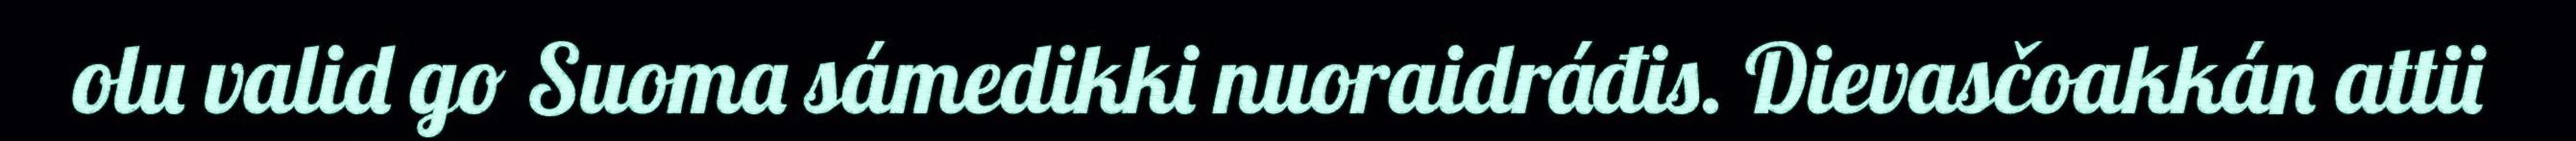
olu valid go Suoma sámedikki nuoraidráđis. Dievasčoakkán attii